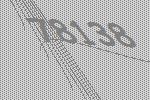
78138